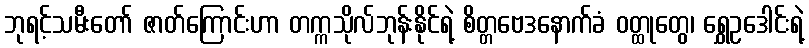
ဘုရင့်သမီးတော် ဇာတ်ကြောင်းဟာ တက္ကသိုလ်ဘုန်းနိုင်ရဲ့ စိတ္တဗေဒနောက်ခံ ဝတ္ထုတွေ၊ ရွှေဥဒေါင်းရဲ့